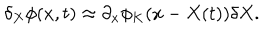
LaTeX: \delta _ { X } \phi ( x , t ) \approx \partial _ { x } \phi _ { K } ( x - X ( t ) ) \delta X .